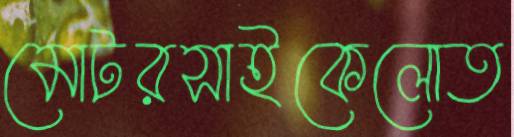
মোটরসাইকেলোত